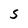
Character: s